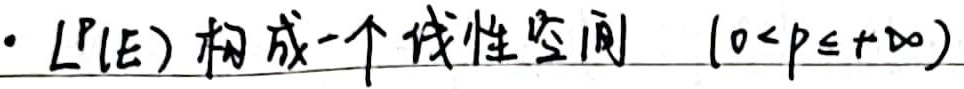
· \(L^p(E)\) 构成一个线性空间 \((0 < p \leq +\infty)\)